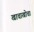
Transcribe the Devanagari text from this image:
खाचाखोचा